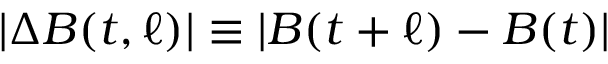
| \Delta \boldsymbol { B } ( t , \ell ) | \equiv | \boldsymbol { B } ( t + \ell ) - \boldsymbol { B } ( t ) |